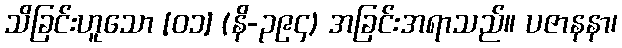
သိခြင်းဟူသော [၀၁] (နိ-၃၉၄) အခြင်းအရာသည်။ ပဇာနနာ၊